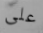
على